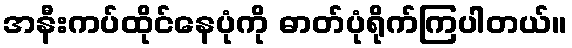
အနီးကပ်ထိုင်နေပုံကို ဓာတ်ပုံရိုက်ကြပါတယ်။